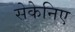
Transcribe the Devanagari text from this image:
सेकेनिए